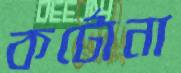
কর্টোনা